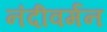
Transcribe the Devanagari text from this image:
नंदीवर्मन